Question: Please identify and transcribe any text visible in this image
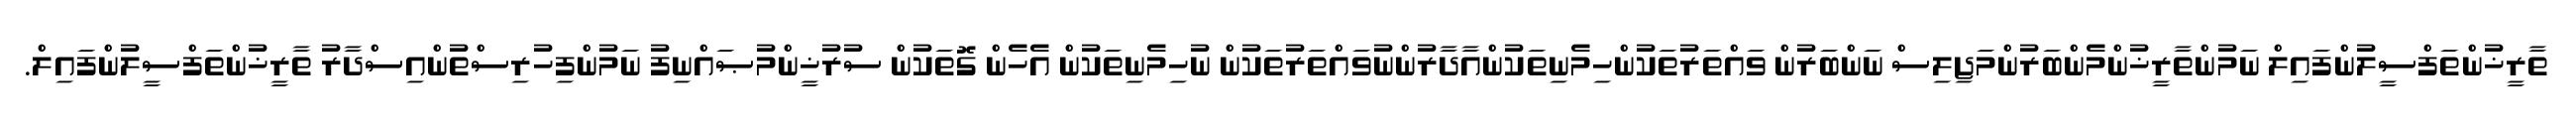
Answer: ތާރީޚުންތަފްސީލުންފައިލް ނަމުންތާރީޚުންމެންބަރުންމަޖިލިސް ނަންބަރުން ވައްތަރުތަކުންހިމެނިތަކުންއާދާރުންނުވައްތަރުތަކުން ނުހިމެނިތަކުން އެހެން ގޮތަކުން ސުރުޚީންމުޞައްނިފު ނަމުންފިހުރިސްތުންއިސްދާރު ތާރީޚުންތަފްސީލުންފައިލް.